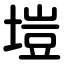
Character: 塏